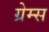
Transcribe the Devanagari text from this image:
ग्रेम्स